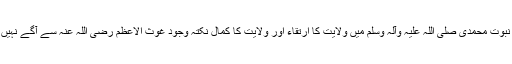
اسی طرح نبوت محمدی صلی اللہ علیہ وآلہ وسلم میں ولایت کا ارتقاء اور ولایت کا کمال نکتہ وجود غوث الاعظم رضی اللہ عنہ سے آگے نہیں بڑھ سکتا۔